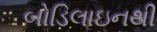
બોડિલાઇનથી